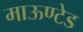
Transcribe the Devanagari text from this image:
माऊण्टेड